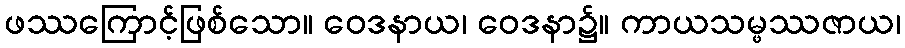
ဖဿကြောင့်ဖြစ်သော။ ဝေဒနာယ၊ ဝေဒနာ၌။ ကာယသမ္ဖဿဇာယ၊